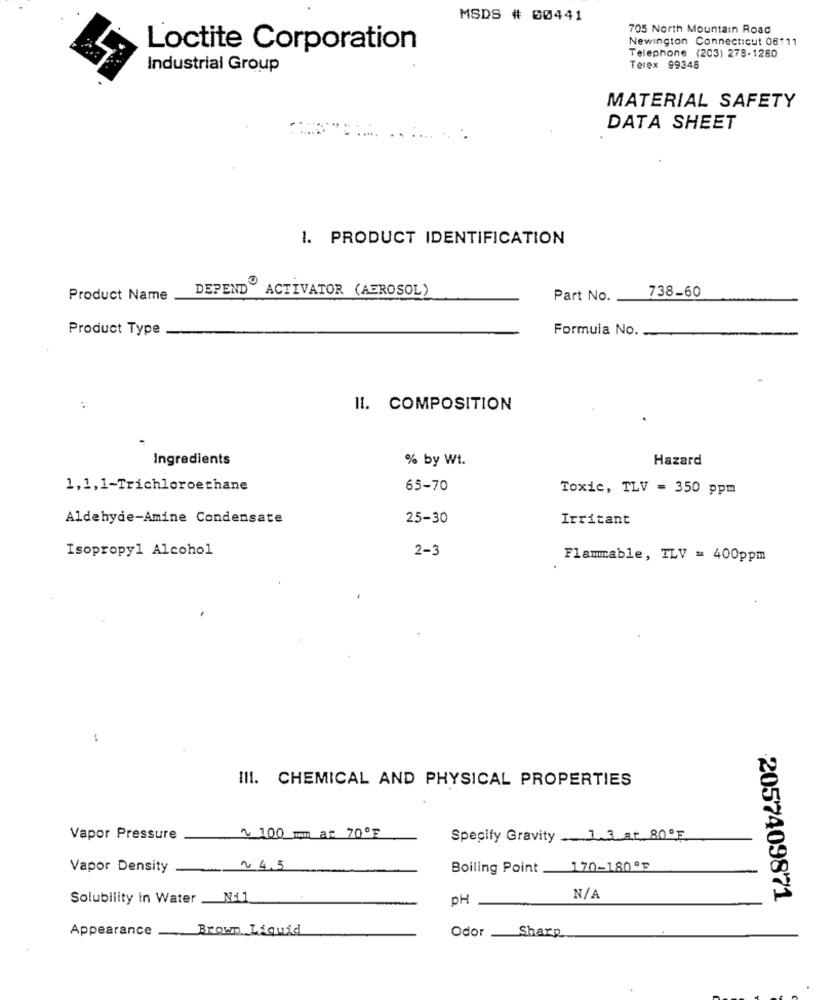
MSDS # 60441
705 North Mountain Road
Newington Connecticut 06111
Loctite Corporation
Telephone (203) 278-1280
Industrial Group
Terex 99348
MATERIAL SAFETY
DATA SHEET
1. PRODUCT IDENTIFICATION
DEPEND ACTIVATOR (AEROSOL)
Product Name
Part No.
738-60
Product Type
Formula No.
II. COMPOSITION
Ingredients
% by Wt.
Hazard
1,1,1-Trichloroethane
65-70
Toxic, TLV = 350 ppm
Aldehyde-Amine Condensate
25-30
Irritant
Isopropyl Alcohol
2-3
Flammable, TLV = 400ppm
III. CHEMICAL AND PHYSICAL PROPERTIES
Vapor Pressure
100 mm at 70ºF
Specify Gravity ... 1.3.at 80ºF
Vapor Density
~ 4.5
Boiling Point _ 170-180ºF
Solubility in Water
N11
PH
2057409871
Appearance
-
Brown Liquid
Odor _Sharp